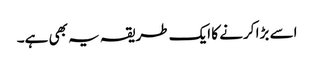
اسے بڑا کرنے کا ایک طریقہ یہ بھی ہے۔